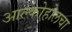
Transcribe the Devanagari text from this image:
आल्कोहोलचा